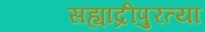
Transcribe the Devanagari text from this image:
सह्याद्रीपुरत्या